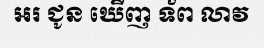
អរ ជូន ឃើញ ទ័ព លាវ